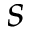
s